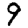
Digit: 9